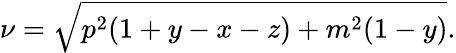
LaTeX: \nu=\sqrt{p^{2}(1+y-x-z)+m^{2}(1-y)}.